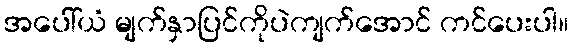
အပေါ်ယံ မျက်နှာပြင်ကိုပဲကျက်အောင် ကင်ပေးပါ။